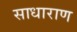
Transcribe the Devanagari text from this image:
साधाराण